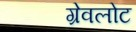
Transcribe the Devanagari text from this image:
ग्रेवलोट